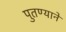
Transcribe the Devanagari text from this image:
पुतण्याने